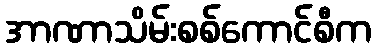
အာဏာသိမ်းစစ်ကောင်စီက